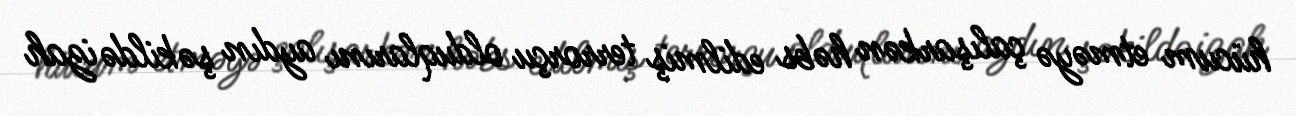
hücum etməyə çalışarkən həbs edilmiş terrorçu olduqlarını aydın şəkildə izah